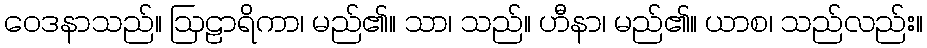
ဝေဒနာသည်။ ဩဠာရိကာ၊ မည်၏။ သာ၊ သည်။ ဟီနာ၊ မည်၏။ ယာစ၊ သည်လည်း။